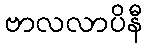
ဗာလလာပိနီ